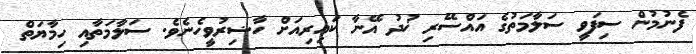
ފެނުމުން ސިފަވީ ސަލާމަތުގެ އައްސޭރި ޚުދު އޭނާ ކައިރިއަށް ހާޟިރުވީހެނެވެ. ސަލާމަތާއި ހިމާޔަތް